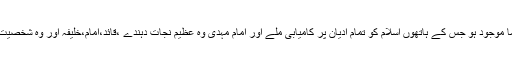
یہ اس بات کا متقاضی ہے کہ کوئی ایسا اسلامی رہنما موجود ہو جس کے ہاتھوں اسلام کو تمام ادیان پر کامیابی ملے اور امام مہدیؑ وہ عظیم نجات دہندے ،قائد،امام،خلیفہ اور وہ شخصیت ہیں جنہوں اللہ کی عدل والی حکومت قائم کرنی ہے۔